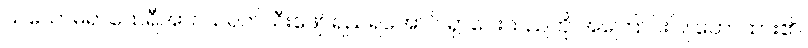
ယသောဓရာထေရီအား သရက်သီးဖျော်ရည်ရအောင် ရှာပေးသည်ကို အကြောင်းပြု ဟောထား၏။